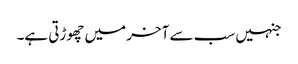
جنہیں سب سے آخر میں چھوڑتی ہے۔